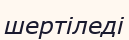
шертіледі